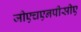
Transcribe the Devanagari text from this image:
जीएचएनपीसीए